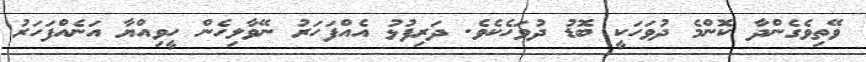
ވޭތިވެގެންދާ ކޮންމެ ދުވަހަކީ ބޮޑު ދުވަހެކެވެ. ދަރިފުޅު އެއްފަހަރު ނޭވާލިހެން ހީވިއްޔާ އަނެއްފަހަރު